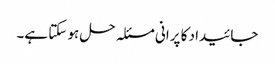
جائیداد کا پرانی مسئلہ حل ہو سکتا ہے۔